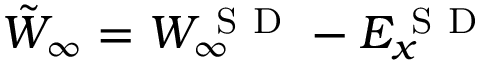
\tilde { W } _ { \infty } = W _ { \infty } ^ { \mathrm { ~ S ~ D ~ } } - E _ { x } ^ { \mathrm { ~ S ~ D ~ } }